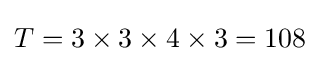
T=3\times 3\times 4\times 3=108